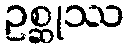
ဥစ္ဆုဿ